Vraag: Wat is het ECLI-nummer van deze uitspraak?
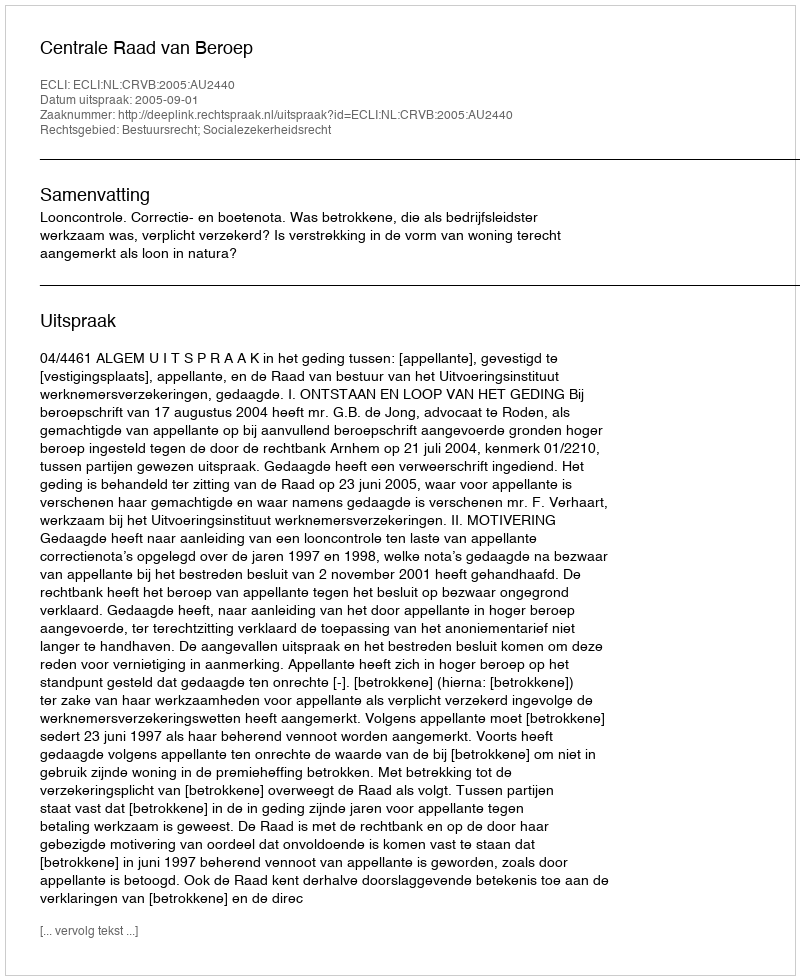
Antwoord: ECLI:NL:CRVB:2005:AU2440